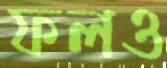
ফলও